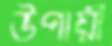
উপায়ী